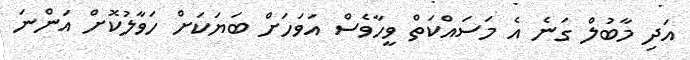
އަދި މާބުލް ގަނެ އެ މަސައްކަތް ވީހާވެސް އަވަހަށް ބަޔަކަށް ހަވާލުކޮށް އަންނަ